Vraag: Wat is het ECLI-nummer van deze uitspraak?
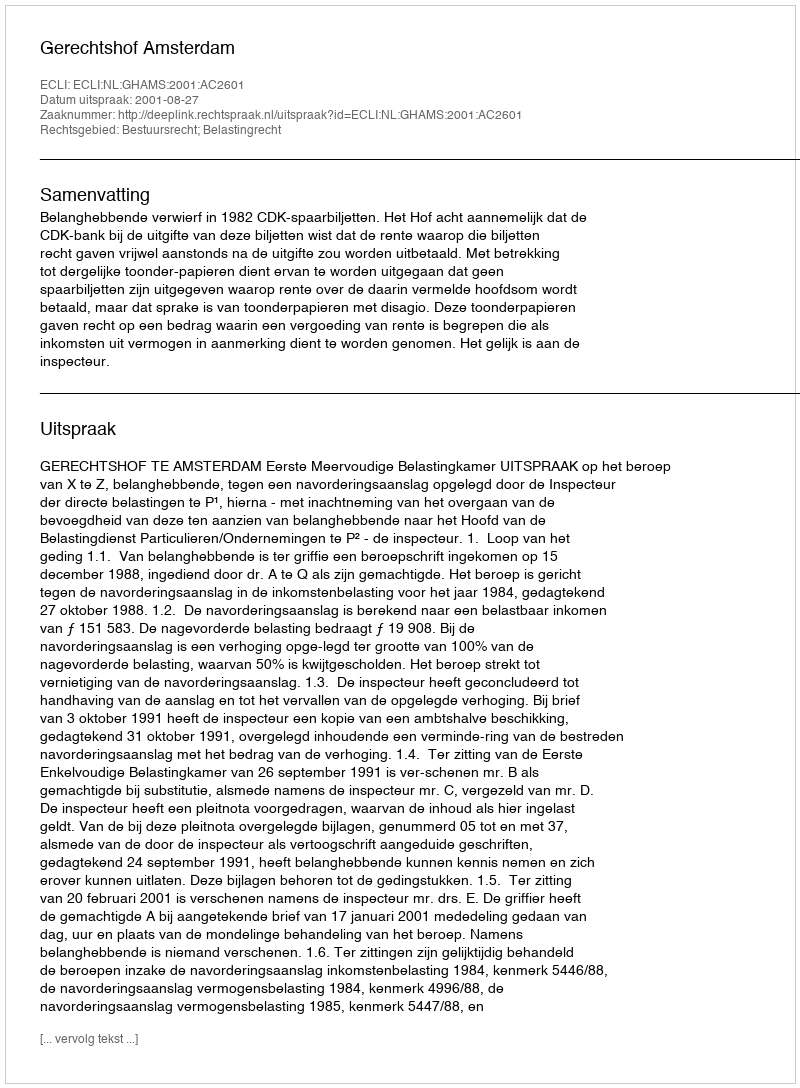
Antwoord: ECLI:NL:GHAMS:2001:AC2601